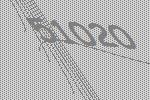
51020